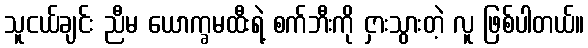
သူငယ်ချင်း ညီမ ယောက္ခမထီးရဲ့ စက်ဘီးကို ငှားသွားတဲ့ လူ ဖြစ်ပါတယ်။